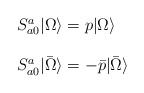
LaTeX: \begin{align*}\begin{array}{l}S^{a}_{a0} | \Omega \rangle = p | \Omega \rangle \\\ \\S^{a}_{a0} | \bar{\Omega} \rangle= -\bar{p} |\bar{\Omega} \rangle\end{array}\end{align*}